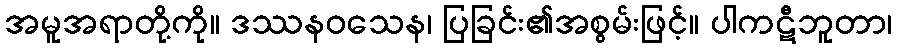
အမူအရာတို့ကို။ ဒဿနဝသေန၊ ပြခြင်း၏အစွမ်းဖြင့်။ ပါကဋီဘူတာ၊